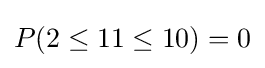
P(2\leq 11\leq 10)=0